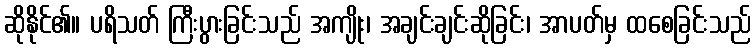
ဆိုနိုင်၏။ ပရိသတ် ကြီးပွားခြင်းသည် အကျိုး၊ အချင်းချင်းဆိုခြင်း၊ အာပတ်မှ ထစေခြင်းသည်